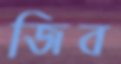
জিব